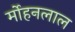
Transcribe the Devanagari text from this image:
र्मोहनलाल